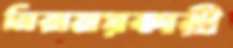
নিরাময়কারী